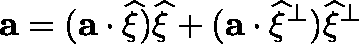
\mathbf { a } = ( \mathbf { a } \cdot \widehat { \mathbf { \xi } } ) \widehat { \mathbf { \xi } } + ( \mathbf { a } \cdot \widehat { \mathbf { \xi } } ^ { \perp } ) \widehat { \mathbf { \xi } } ^ { \perp }